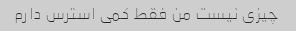
چیزی نیست من فقط کمی استرس دارم